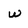
Character: w